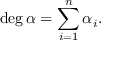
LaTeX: \deg \alpha = \sum _ { i = 1 } ^ { n } \alpha _ { i } .